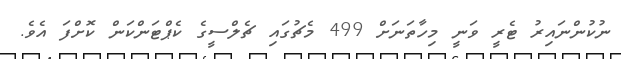
ނުކުންނައިރު ޓެރީ ވަނީ މިހާތަނަށް 499 މެޗުގައި ޗެލްސީގެ ކެޕްޓަންކަން ކޮށްފަ އެވެ.